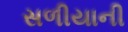
સળીયાની